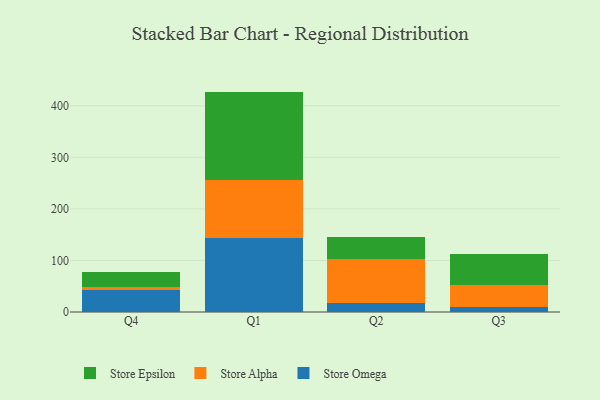
{"axis": {"x": "Quarter", "y": "Page Views"}, "legend": ["Store Alpha", "Store Epsilon", "Store Omega"], "data": [{"x": "Q4", "y": 42.7, "type": "Store Omega"}, {"x": "Q4", "y": 5.1, "type": "Store Alpha"}, {"x": "Q4", "y": 30.2, "type": "Store Epsilon"}, {"x": "Q1", "y": 142.9, "type": "Store Omega"}, {"x": "Q1", "y": 112.2, "type": "Store Alpha"}, {"x": "Q1", "y": 172.4, "type": "Store Epsilon"}, {"x": "Q2", "y": 16.9, "type": "Store Omega"}, {"x": "Q2", "y": 86.6, "type": "Store Alpha"}, {"x": "Q2", "y": 41.2, "type": "Store Epsilon"}, {"x": "Q3", "y": 9.0, "type": "Store Omega"}, {"x": "Q3", "y": 43.1, "type": "Store Alpha"}, {"x": "Q3", "y": 61.2, "type": "Store Epsilon"}]}